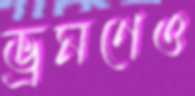
ভ্রমণেও